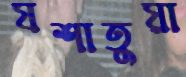
যশাতুয়া